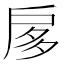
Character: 扅